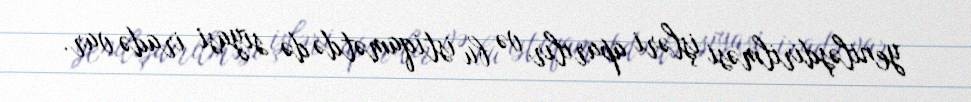
yeniləşdirilməsi işləri aparılır və bu istiqamətdə də siyasi iradə var.